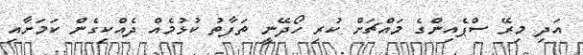
އަދި މިރޭ ސްޕެއިންގެ މައްޗަށް ކުރި ހޯދޭނީ ތަފާތު ކުޅުމެއް ދެއްކިގެން ކަމަށާއި